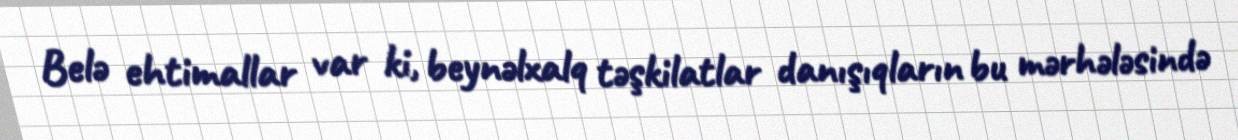
Belə ehtimallar var ki, beynəlxalq təşkilatlar danışıqların bu mərhələsində